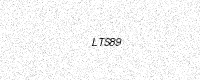
Text: LTS89